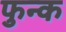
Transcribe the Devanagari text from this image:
फुन्क